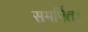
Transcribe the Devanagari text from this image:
समर्पित।